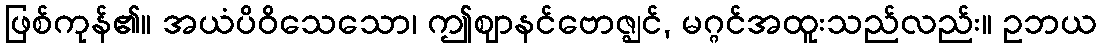
ဖြစ်ကုန်၏။ အယံပိဝိသေသော၊ ဤဈာနင်ဗောဇ္ဈင်, မဂ္ဂင်အထူးသည်လည်း။ ဥဘယ